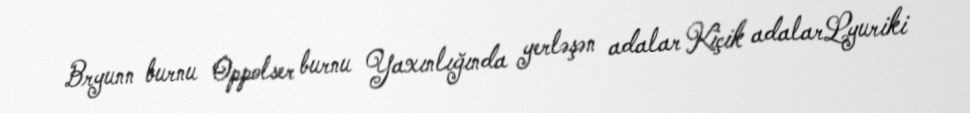
Bryunn burnu Oppolser burnu Yaxınlığında yerləşən adalar Kiçik adalarLyuriki